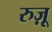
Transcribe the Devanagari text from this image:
रुज़ू